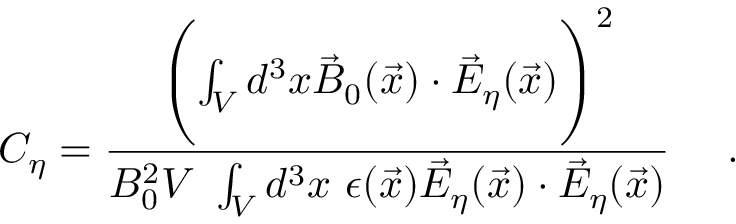
C _ { \eta } = { \frac { \Biggl ( \int _ { V } d ^ { 3 } x \vec { B } _ { 0 } ( \vec { x } ) \cdot \vec { E } _ { \eta } ( \vec { x } ) \Biggr ) ^ { 2 } } { B _ { 0 } ^ { 2 } V ~ \int _ { V } d ^ { 3 } x ~ \epsilon ( \vec { x } ) \vec { E } _ { \eta } ( \vec { x } ) \cdot \vec { E } _ { \eta } ( \vec { x } ) } } ~ ~ ~ \ .